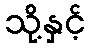
သို့နှင့်